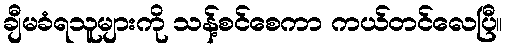
ချီမခံရသူများကို သန့်စင်စေကာ ကယ်တင်လေပြီ။